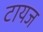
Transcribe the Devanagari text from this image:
टायज